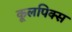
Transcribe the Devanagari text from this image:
कूलपिक्स